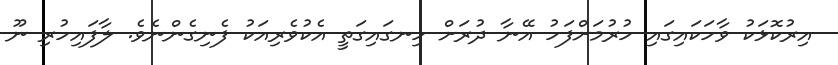
އިރުކޮޅަކު ވާހަކައިގައި ހުރުމަށްފަހު އޭނާ ދުރަށް ހިނގައިގަތީ އެކުވެރިއަކު ފެނިގެންނެވެ. ލާފައިހުރި ނޫ